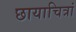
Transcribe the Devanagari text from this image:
छायाचित्रां